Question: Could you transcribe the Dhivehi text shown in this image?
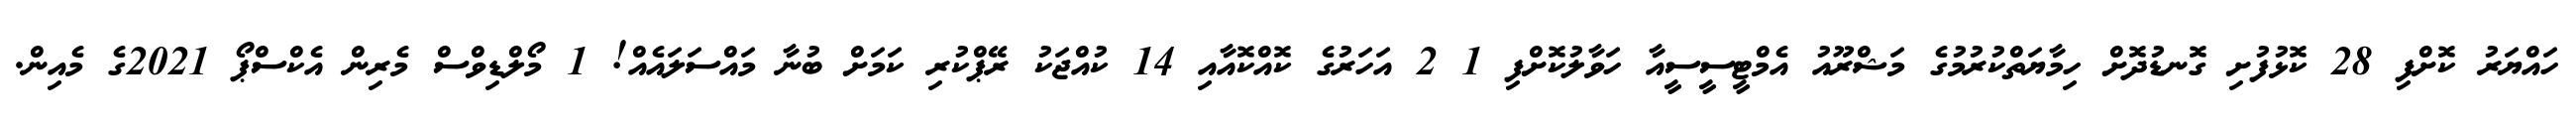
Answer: ހައްޔަރު ކޮށްފި 28 ކޮޅުފުށި ގޮނޑުދޮށް ހިމާޔަތްކުރުމުގެ މަޝްރޫއު އެމްޓީސީސީއާ ހަވާލުކޮށްފި 1 2 އަހަރުގެ ކޮއްކޮއާއި 14 ކުއްޖަކު ރޭޕްކުރި ކަމަށް ބުނާ މައްސަލައެއް! 1 މޯލްޑިވްސް މެރިން އެކްސްޕޯ 2021ގެ މެއިން.